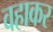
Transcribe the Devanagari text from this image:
वहाकर